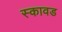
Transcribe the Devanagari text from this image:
स्कावड